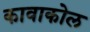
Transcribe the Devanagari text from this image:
कावाकोल